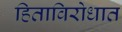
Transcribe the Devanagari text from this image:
हिताविरोधात